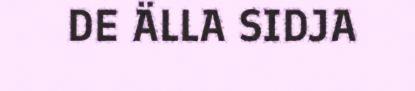
DE ÄLLA SIDJA